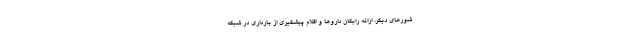
شورهای دیگر، ارائه رایگان داروها و اقلام پیشگیری از بارداری در شبکه